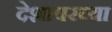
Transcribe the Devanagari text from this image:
देशावरच्या